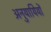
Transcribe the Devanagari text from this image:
अनुयायियों